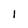
Character: I